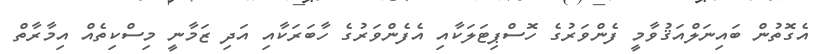
އެގޮތުން ބައިނަލްއަޤުވާމީ ފެންވަރުގެ ހޮސްޕިޓަލަކާއި އެފެންވަރުގެ ހާބަރަކާއި އަދި ޒަމާނީ މިސްކިތެއް އިމާރާތް